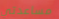
مساعدتي